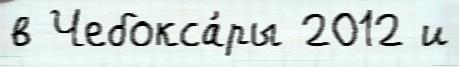
в Чебокса́ры 2012 и